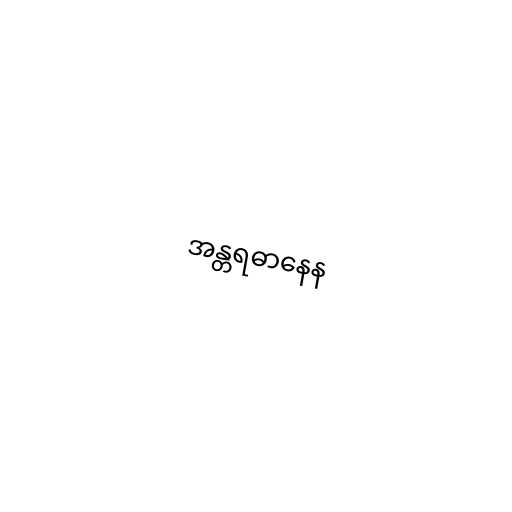
အန္တရဓာနေန